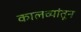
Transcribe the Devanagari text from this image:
कालव्यांतून